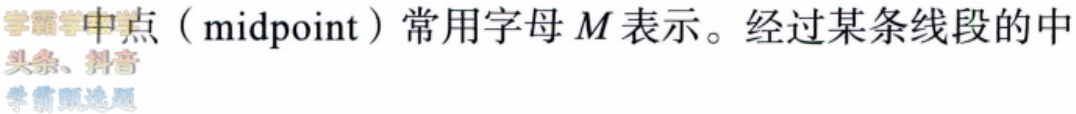
中点（midpoint）常用字母 \(M\) 表示。经过某条线段的中